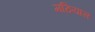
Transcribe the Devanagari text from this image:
मठियास